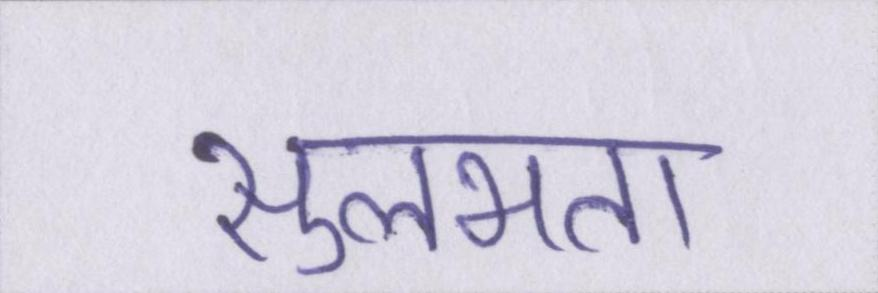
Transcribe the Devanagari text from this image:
सुलभता